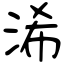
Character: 浠